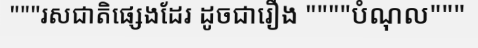
"""រសជាតិផ្សេងដែរ ដូចជារឿង """"បំណុល"""